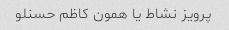
پرویز نشاط یا همون کاظم حسنلو